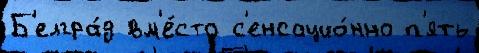
Б'елгра́д вм'е́сто с'енсацио́нно п'ять